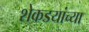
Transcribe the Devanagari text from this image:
शेकडयांच्या